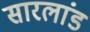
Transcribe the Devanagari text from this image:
सारलांड